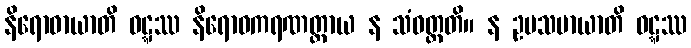
နိရောဓာယာတိ ဝဋ္ဋဿ နိရောဓကရဏတ္ထာယ န သံဝတ္တတိ။ န ဥပသမာယာတိ ဝဋ္ဋဿ